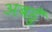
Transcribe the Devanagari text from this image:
अबहुँ